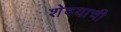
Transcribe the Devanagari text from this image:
शेवयाची